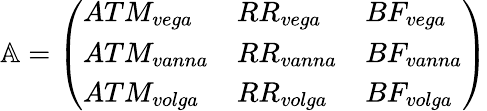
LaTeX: \mathbb{A}={\left(\begin{array}{lll}{ATM_{vega}}&{RR_{vega}}&{BF_{vega}}\\ {ATM_{vanna}}&{RR_{vanna}}&{BF_{vanna}}\\ {ATM_{volga}}&{RR_{volga}}&{BF_{volga}}\end{array}\right)}